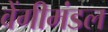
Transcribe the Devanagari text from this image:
वेंगीमंडल